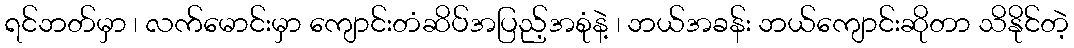
ရင်ဘတ်မှာ ၊ လက်မောင်းမှာ ကျောင်းတံဆိပ်အပြည့်အစုံနဲ့ ၊ ဘယ်အခန်း ဘယ်ကျောင်းဆိုတာ သိနိုင်တဲ့